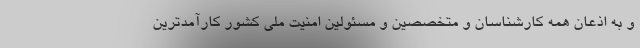
و به اذعان همه کارشناسان و متخصصین و مسئولین امنیت ملی کشور کارآمدترین